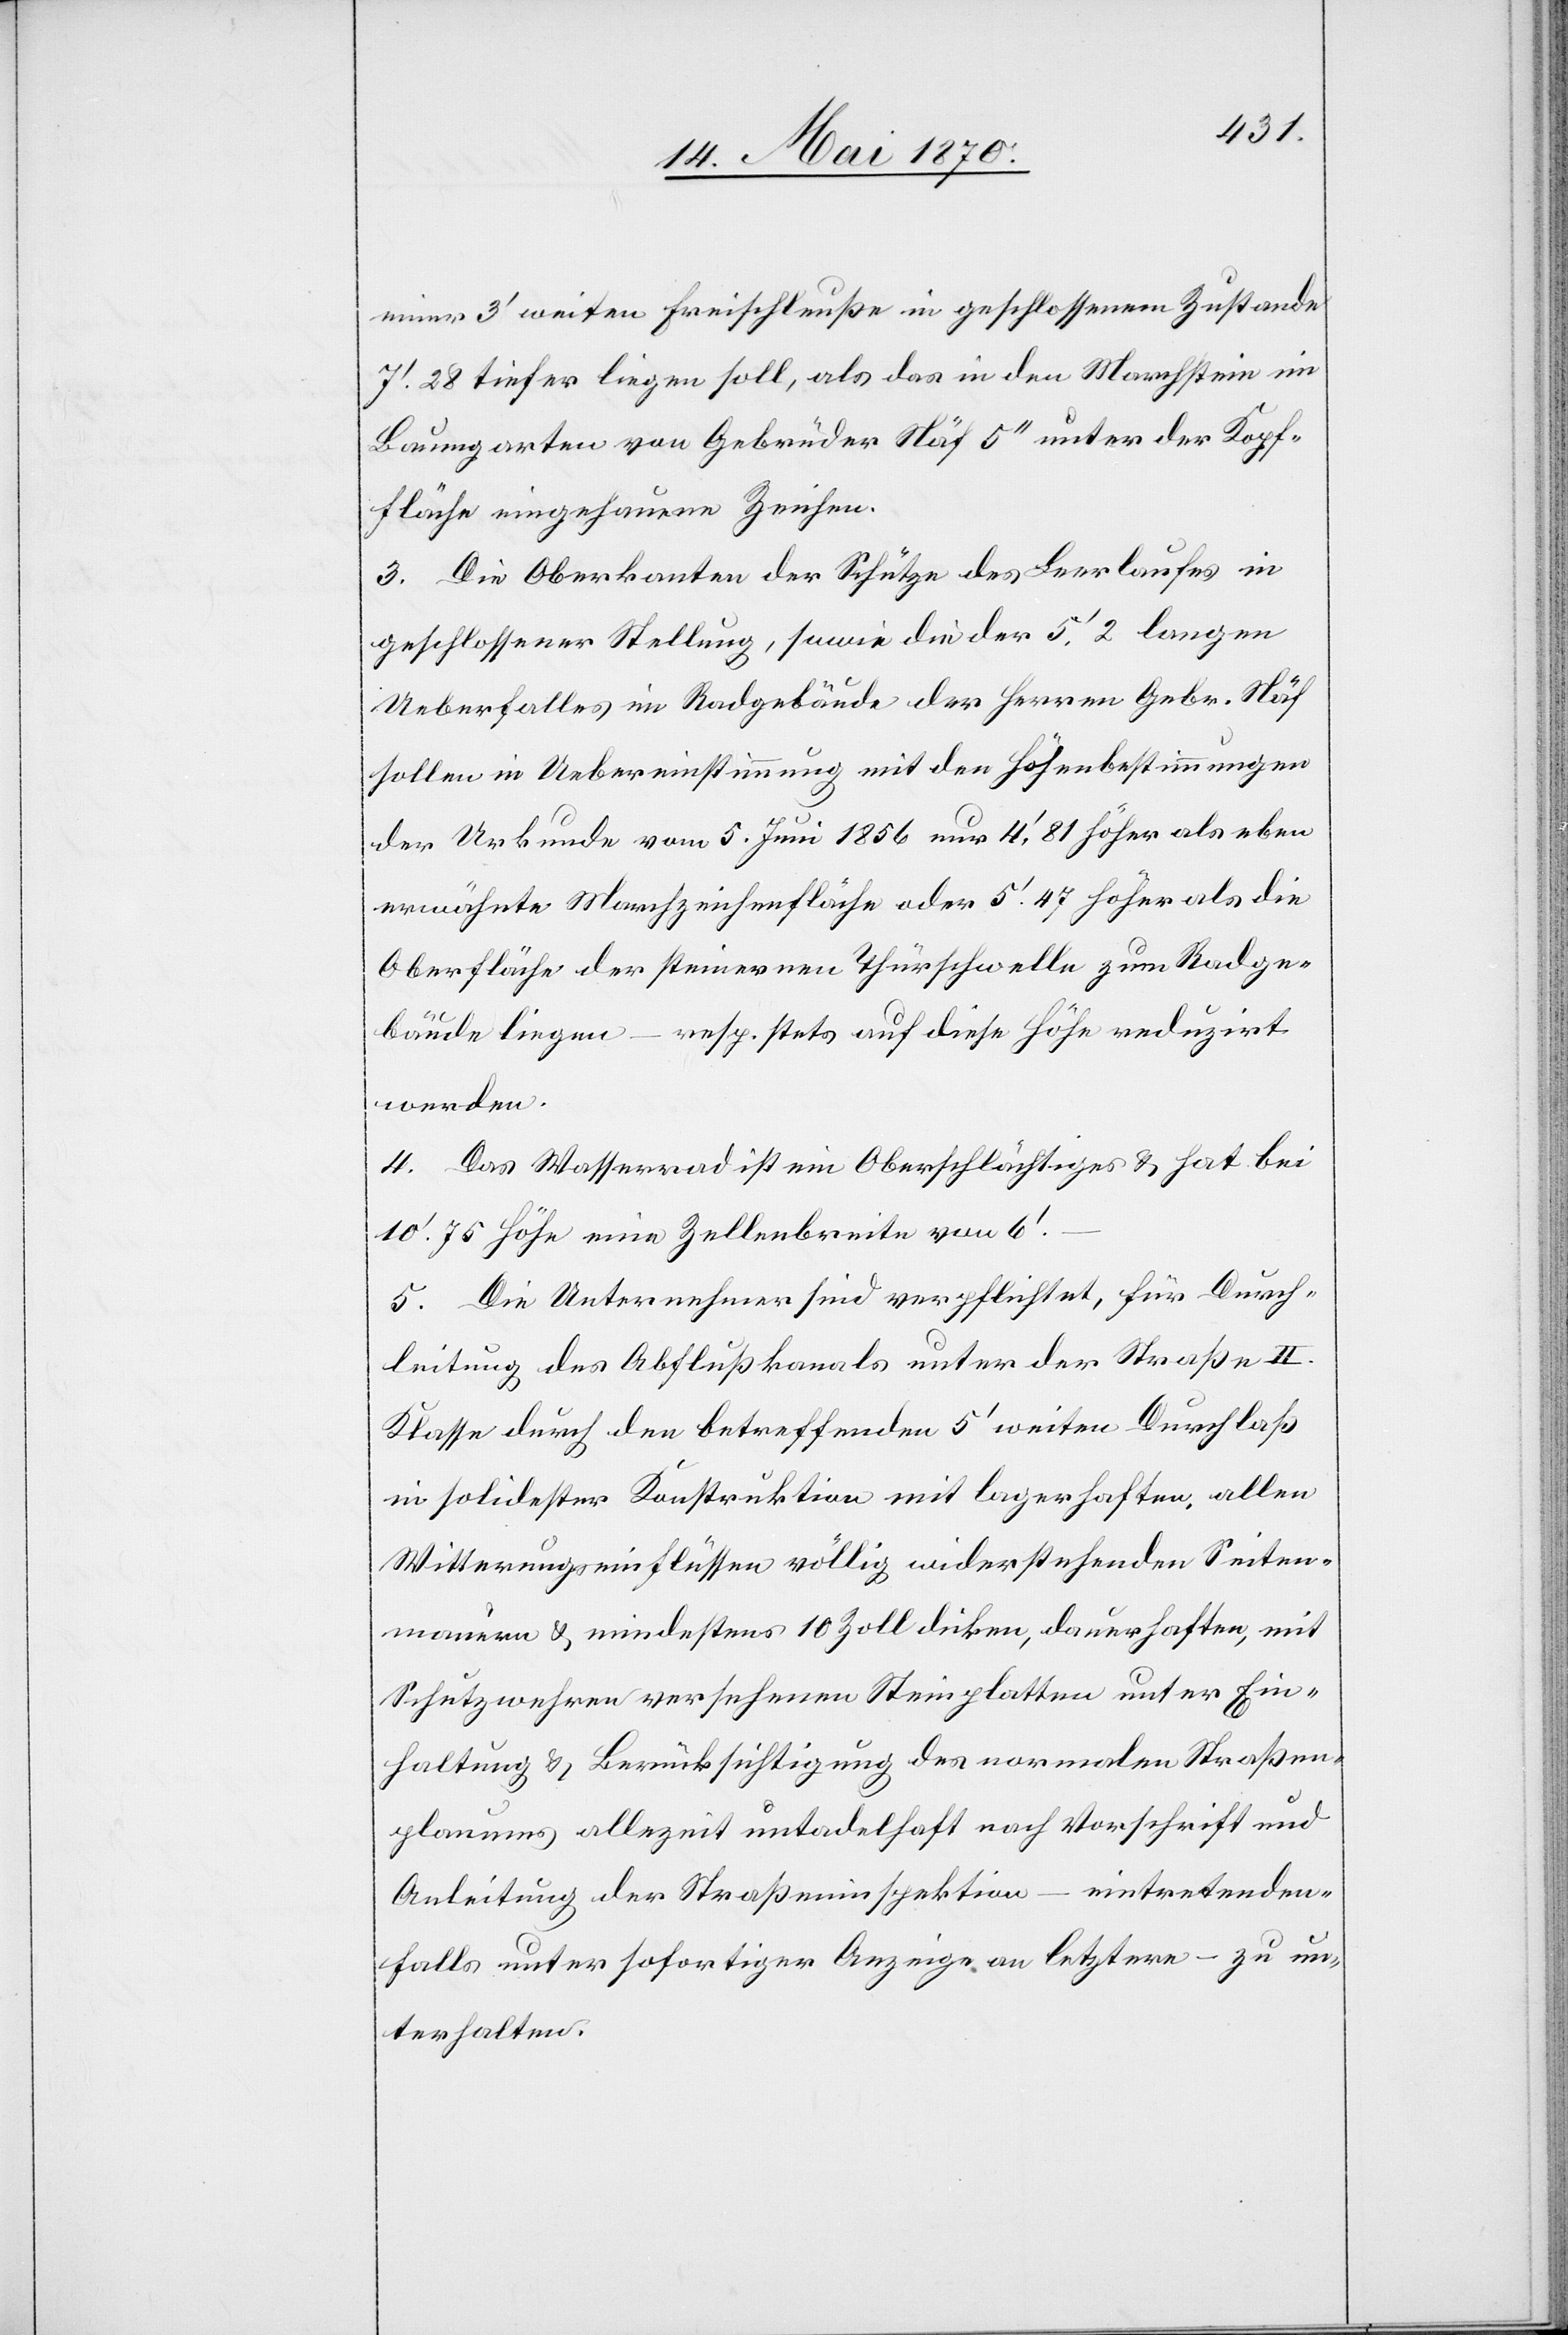
einer 3‘ weiten Freischleuße in geschlossenem Zustande
7‘.28 tiefer liegen soll, als das in den Marchstein im
Baumgarten von Gebrüder Näf 5‘‘ unter der Kopf¬
fläche eingehauene Zeichen.
3. Die Oberkanten der Schütze des Leerlaufes in
geschlossener Stellung, sowie die der 5‘.2 langen
Ueberfalles im Radgebäude der Herren Gebr. Näf
sollen in Uebereinstimmung mit den Höhenbestimmungen
der Urkunde vom 5. Juni 1856 nur 4‘.81 höher als eben
erwähnte Marchzeichenfläche oder 5‘.47 höher als die
Oberfläche der steinernen Thürschwelle zum Radge¬
bäude liegen – resp. stets auf diese Höhe reduzirt
werden.
4. Das Wasserrad ist ein Oberschlächtiges & hat bei
10‘.75 Höhe eine Zellenbreite von 6‘.
5. Die Unternehmer sind verpflichtet, für Durch¬
leitung des Abflußkanals unter der Straße II.
Klasse durch den betreffenden 5‘ weiten Durchlaß
in solidester Konstruktion mit lagerhaften, allen
Witterungseinflüssen völlig widerstehenden Seiten¬
mauern & mindestens 10 Zoll dicken, dauerhaften, mit
Schutzwehren versehenen Steinplatten unter Ein¬
haltung & Berücksichtigung des normalen Straßen¬
planums allezeit untadelhaft nach Vorschrift und
Anleitung der Straßeninspektion – eintretenden¬
falls unter sofortiger Anzeige an letztere – zu un¬
terhalten.